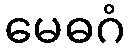
မေဓဂံ